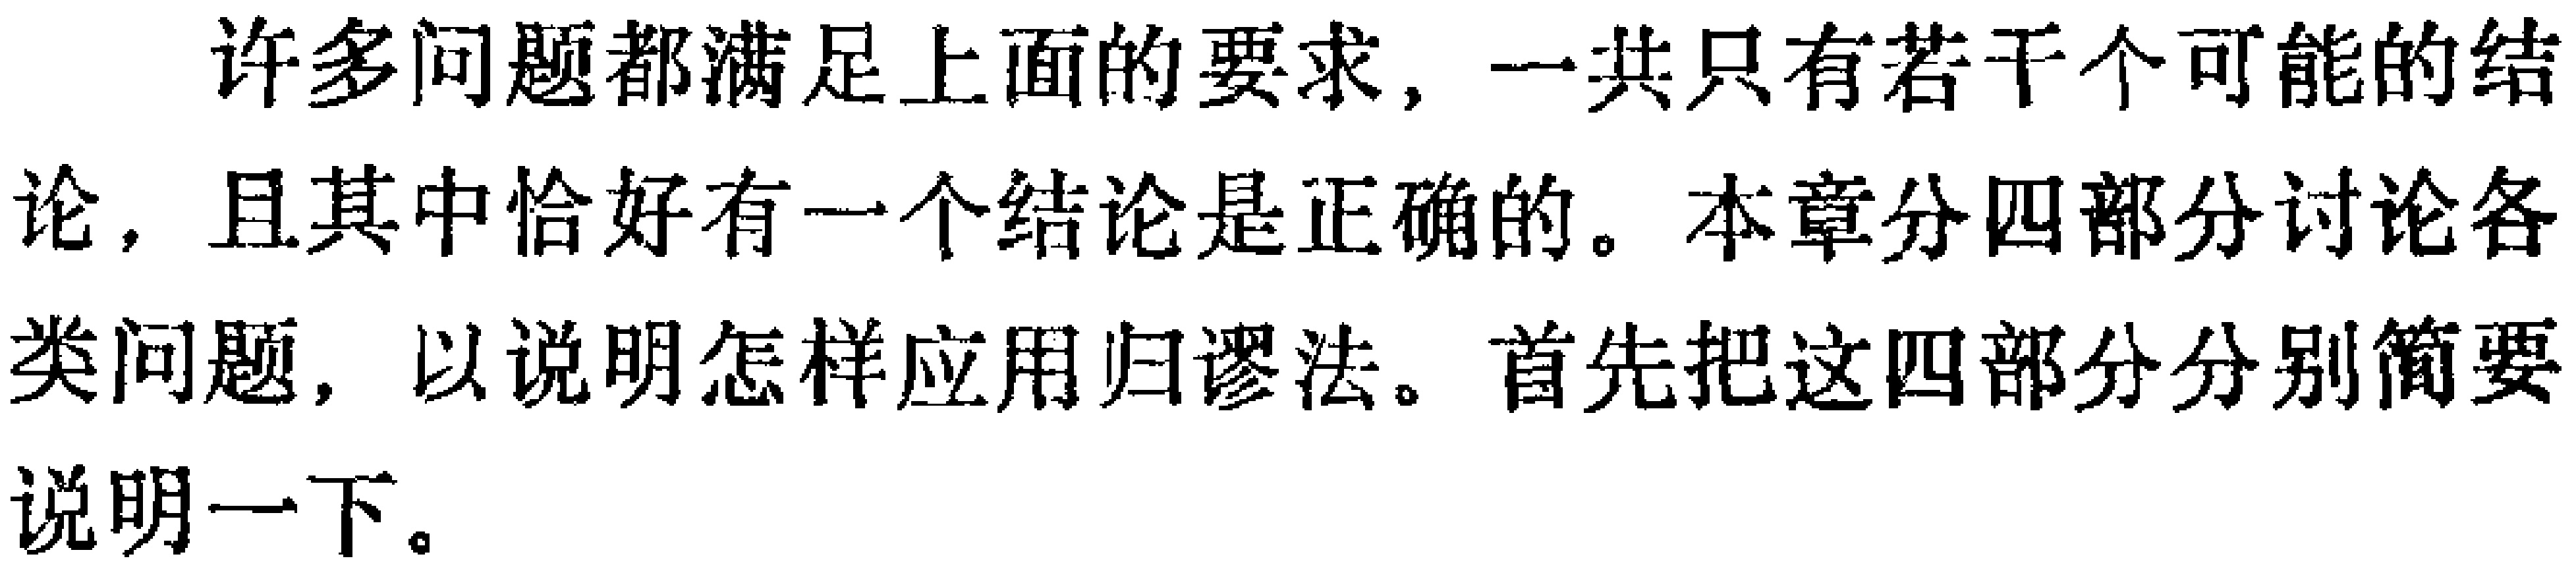
许多问题都满足上面的要求，一共只有若干个可能的结论，且其中恰好有一个结论是正确的。本章分四部分讨论各类问题，以说明怎样应用归谬法。首先把这四部分分别简要说明一下。